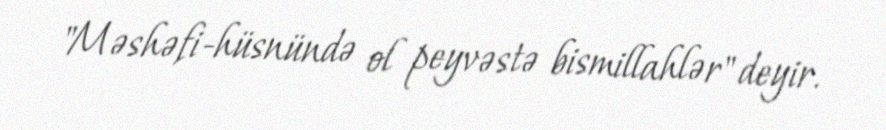
"Məshəfi-hüsnündə ol peyvəstə bismillahlər" deyir.